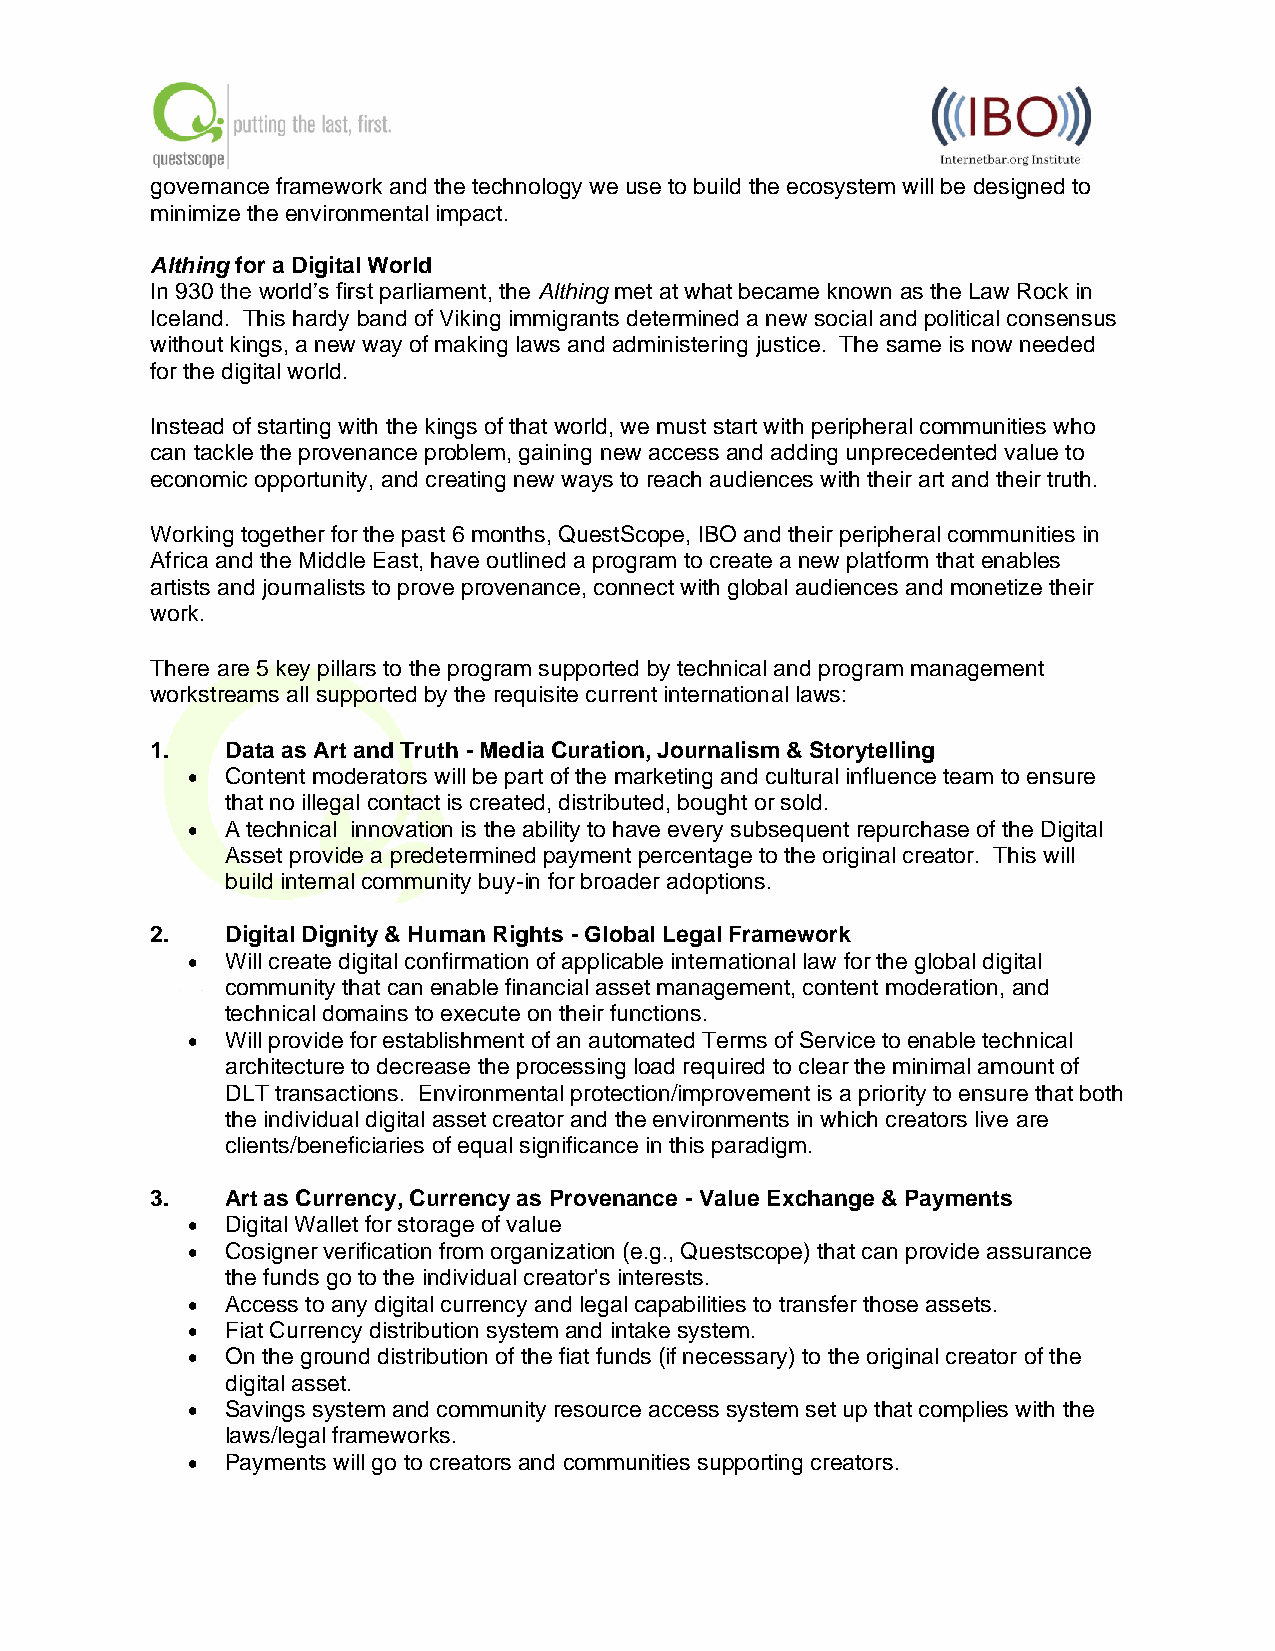
governance framework and the technology we use to build the ecosystem will be designed to
 minimize the environmental impact.
 Althing for a Digital World
 In 930 the world’s first parliament, the Althing met at what became known as the Law Rock in
 Iceland. This hardy band of Viking immigrants determined a new social and political consensus
 without kings, a new way of making laws and administering justice. The same is now needed
 for the digital world.
 Instead of starting with the kings of that world, we must start with peripheral communities who
 can tackle the provenance problem, gaining new access and adding unprecedented value to
 economic opportunity, and creating new ways to reach audiences with their art and their truth.
 Working together for the past 6 months, QuestScope, IBO and their peripheral communities in
 Africa and the Middle East, have outlined a program to create a new platform that enables
 artists and journalists to prove provenance, connect with global audiences and monetize their
 work.
 There are 5 key pillars to the program supported by technical and program management
 workstreams all supported by the requisite current international laws:
 1.   Data as Art and Truth - Media Curation, Journalism & Storytelling
 •  Content moderators will be part of the marketing and cultural influence team to ensure
 that no illegal contact is created, distributed, bought or sold.
 •  A technical innovation is the ability to have every subsequent repurchase of the Digital
 Asset provide a predetermined payment percentage to the original creator. This will
 build internal community buy-in for broader adoptions.
 2.   Digital Dignity & Human Rights - Global Legal Framework
 •  Will create digital confirmation of applicable international law for the global digital
 community that can enable financial asset management, content moderation, and
 technical domains to execute on their functions.
 •  Will provide for establishment of an automated Terms of Service to enable technical
 architecture to decrease the processing load required to clear the minimal amount of
 DLT transactions. Environmental protection/improvement is a priority to ensure that both
 the individual digital asset creator and the environments in which creators live are
 clients/beneficiaries of equal significance in this paradigm.
 3.   Art as Currency, Currency as Provenance - Value Exchange & Payments
 •  Digital Wallet for storage of value
 •  Cosigner verification from organization (e.g., Questscope) that can provide assurance
 the funds go to the individual creator's interests.
 •  Access to any digital currency and legal capabilities to transfer those assets.
 •  Fiat Currency distribution system and intake system.
 •  On the ground distribution of the fiat funds (if necessary) to the original creator of the
 digital asset.
 •  Savings system and community resource access system set up that complies with the
 laws/legal frameworks.
 •  Payments will go to creators and communities supporting creators.